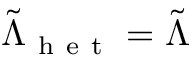
\tilde { \Lambda } _ { \mathrm { ~ h ~ e ~ t ~ } } = \tilde { \Lambda }